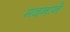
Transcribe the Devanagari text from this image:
मदनाने